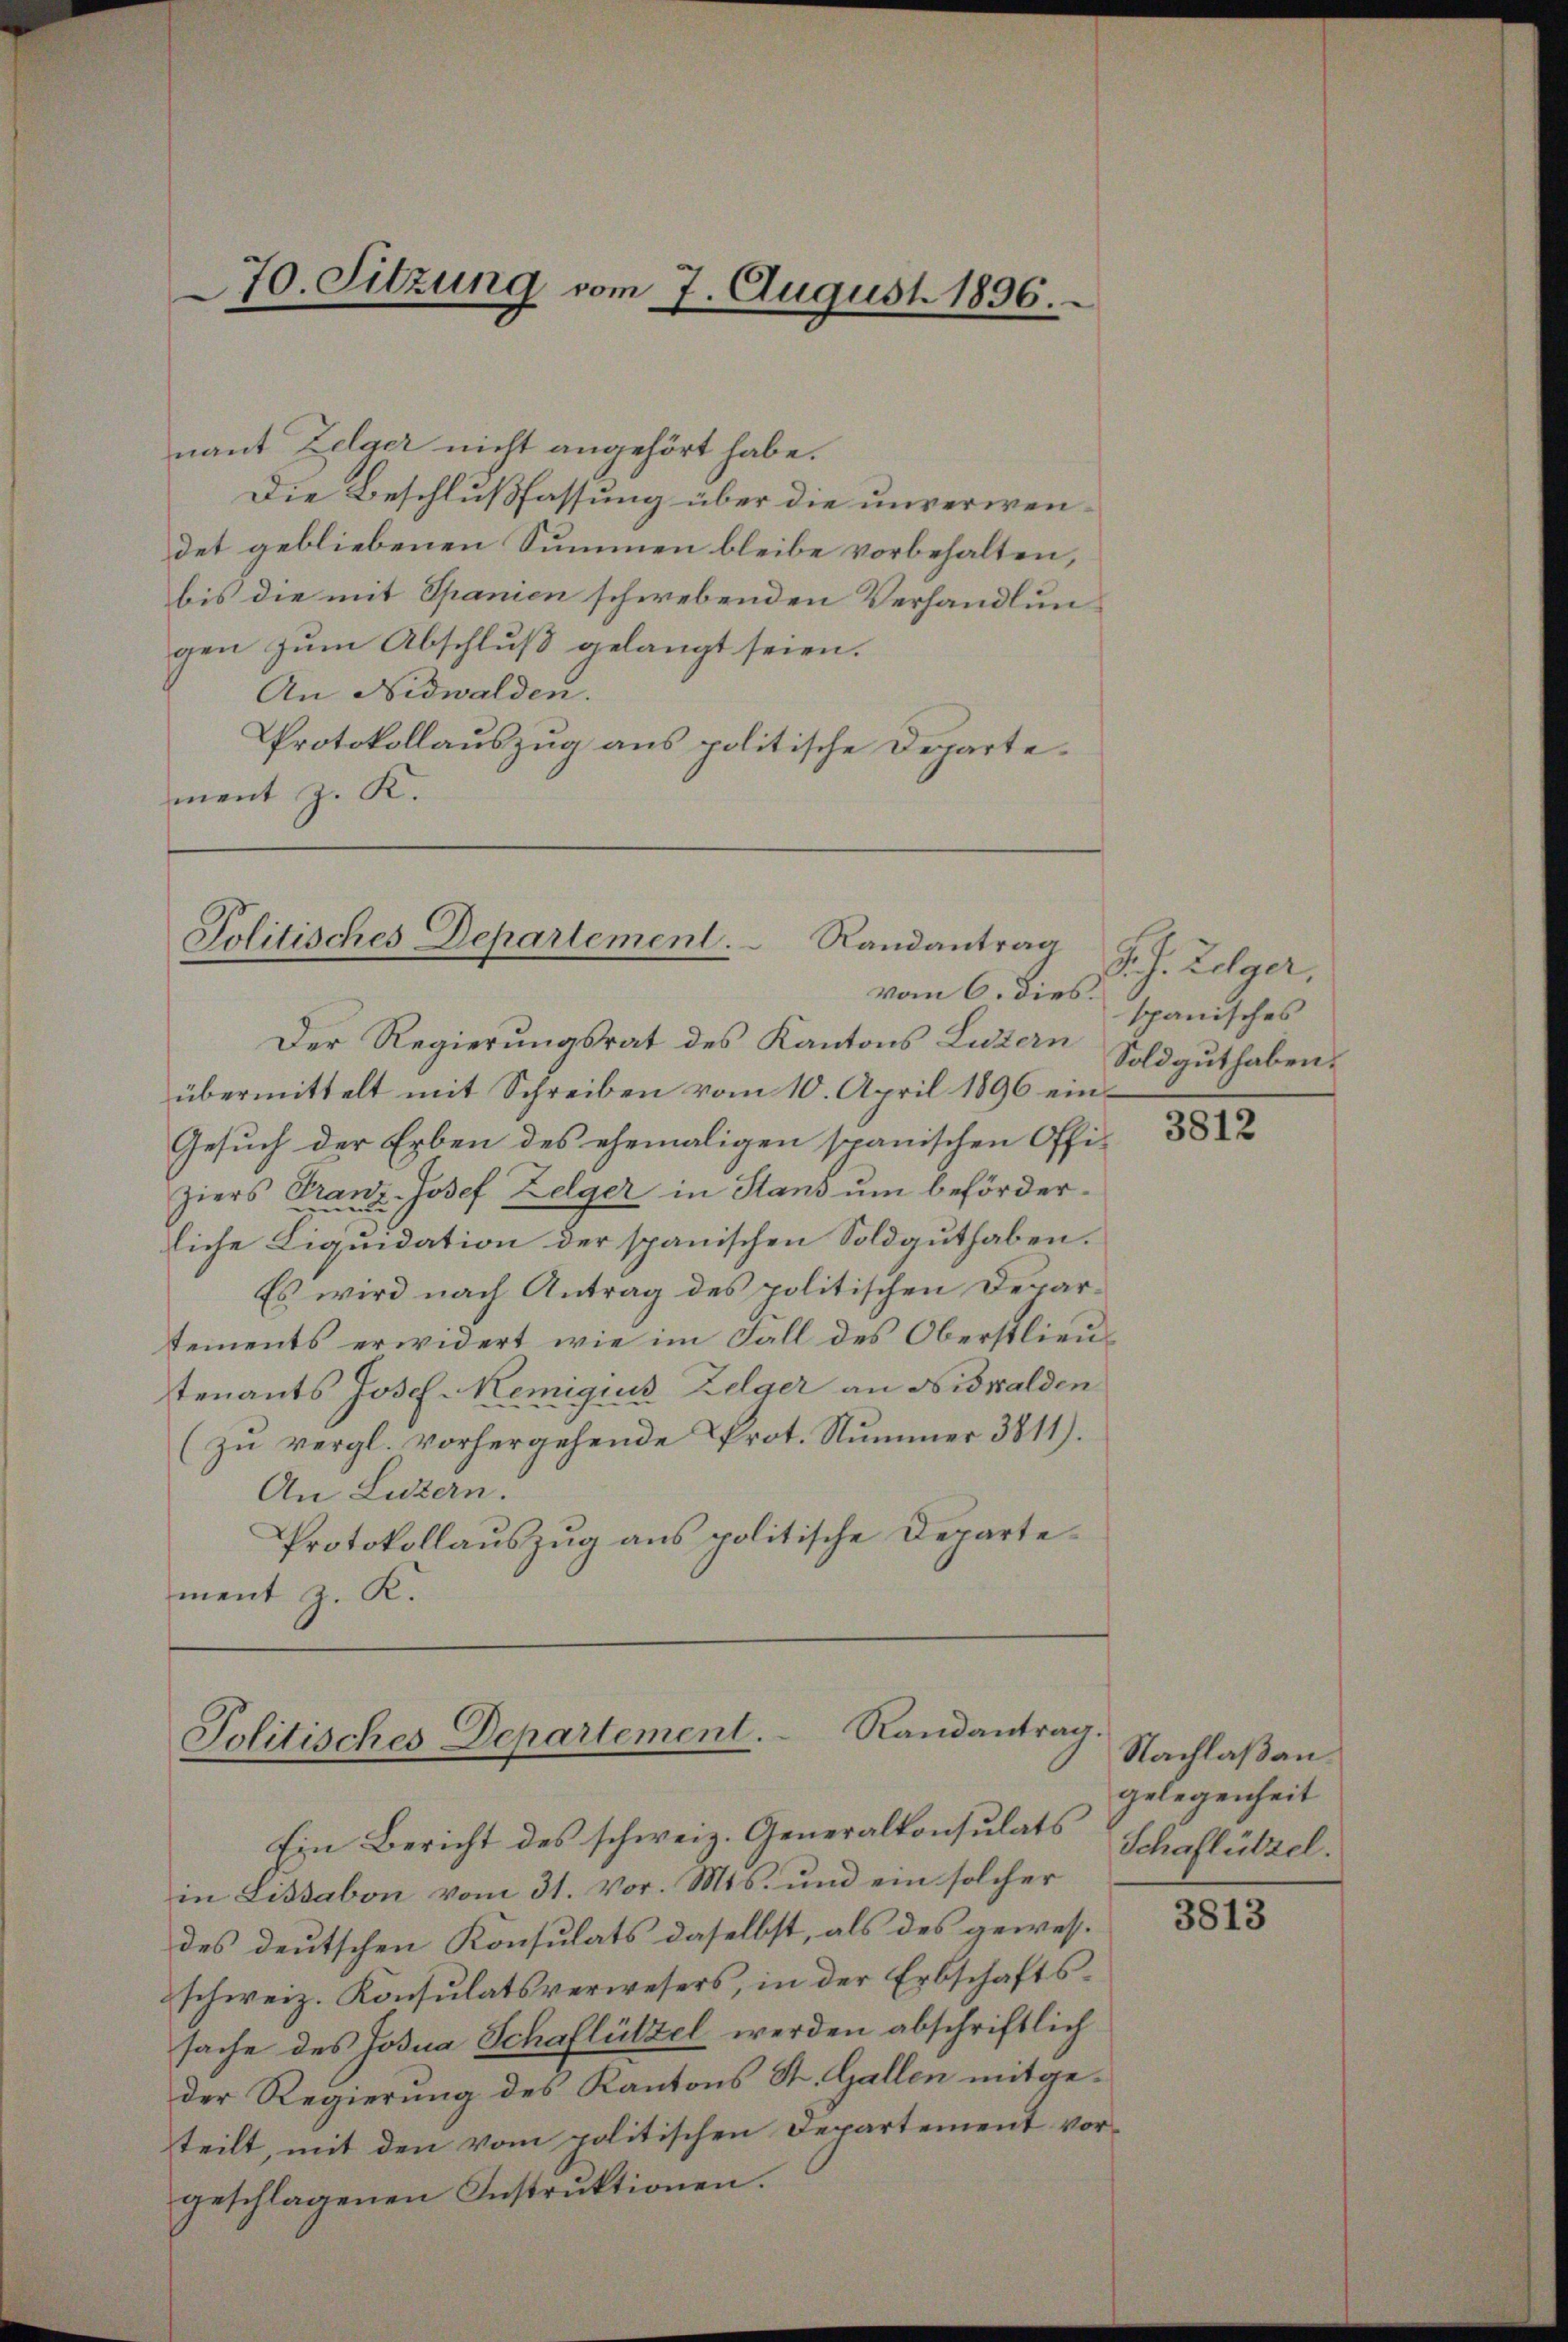
70. Sitzung vom 7. August 1896.

nant Zelger nicht angehört habe.
Die Beschlußfassung über die unverwendet gebliebenen Summen bleibe vorbehalten,
bis die mit Spanien schwebenden Verhandlungen zum Abschluß gelangt seien.
An Nidwalden.
Protokollauszug aus politische Departement z. K

Politisches Departement. Randantrag
vom 6. dies.

Jolitisches Departement. Randantrag.

Der Regierungsrat des Kantons Luzern
übermittelt mit Schreiben vom 10. April 1896 ein¬
Gesuch der Erben des ehemaligen spanischen Offi-
ziers Franz-Josef Zelger in Stans um beförderliche Liquidation der spanischen Soldguthaben.
Es wird nach Antrag des politischen Departements erwidert wie im Fall des Oberstlieutenants Josef Remigiis Zelger an Nidwalden
(zu vergl. vorhergehende Prot. Nummer 3811).
An Luzern:
Protokollauszug aus politische Departement z. K.

S. J. Zelger,
spanisches
Sold guthaben.

Ein Bericht des schweiz. Generalkonsulats
in Lissabon vom 31. vor. Mts. und ein solcher
des deutschen Konsulats daselbst, als des gewesschweiz. Konsulatsverwesers, in der Erbschaftssache des Josia Schaflützel werden abschriftlich
der Regierung des Kantons St. Gallen mitgeteilt, mit den vom politischen Departement vorgeschlagenen Instruktionen.

3812

Nachlaßan.
gelegenheit
Schaflützel.

3813